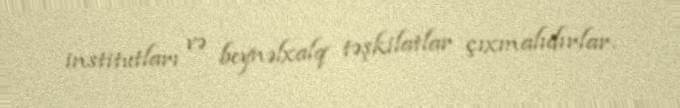
institutları və beynəlxalq təşkilatlar çıxmalıdırlar.